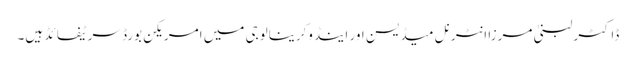
ڈاکٹر لبنیٰ مرزا انٹرنل میڈیسن اور اینڈوکرینالوجی میں‌ امریکن بورڈ سرٹیفائڈ ہیں۔